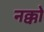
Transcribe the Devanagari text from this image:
नक्को